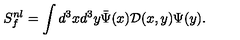
S _ { f } ^ { n l } = \int d ^ { 3 } x d ^ { 3 } y \bar { \Psi } ( x ) \mathcal { D } ( x , y ) \Psi ( y ) .